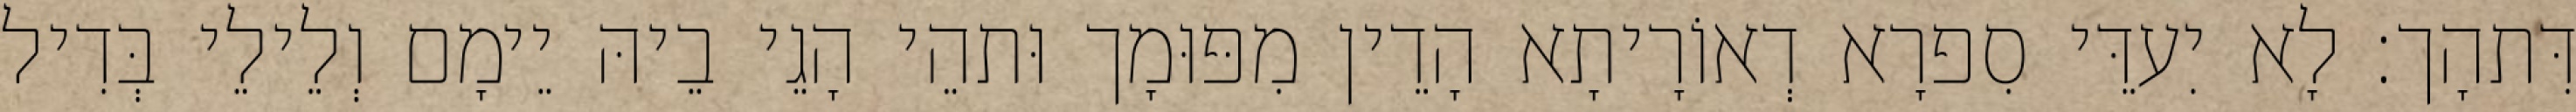
דִּתהָך׃ לָא יִעדֵּי סִפרָא דְאוֹרָיתָא הָדֵין מִפּוּמָך וּתהֵי הָגֵי בֵיהּ יֵימָם וְלֵילֵי בְּדִיל